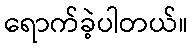
ရောက်ခဲ့ပါတယ်။